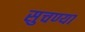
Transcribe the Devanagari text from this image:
सुचण्या